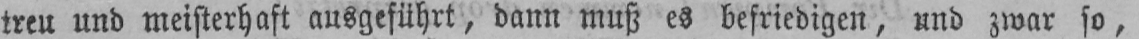
treu und meisterhaft ausgeführt, dann muß es befriedigen, und zwar so,